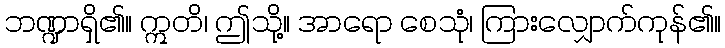
ဘဏ္ဍာရှိ၏။ ဣတိ၊ ဤသို့။ အာရော စေသုံ၊ ကြားလျှောက်ကုန်၏။